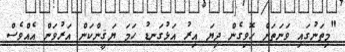
"މިތަނުގައި ވަނަތަށް ހޮވިގެން ދިޔަ އިރު އަޅުގަނޑު ހަމަ ޔަޤީންކަން އަރުވަން އެއްވެސް